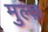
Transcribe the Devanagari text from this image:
मुल्क़